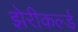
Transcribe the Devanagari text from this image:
झेरीकर्ल्ड